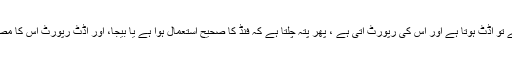
اگر کہیں کوئی لغزش ہوئی ہے تو آڈٹ ہوتا ہے اور اس کی رپورٹ آتی ہے ، پھر پتہ چلتا ہے کہ فنڈ کا صحیح استعمال ہوا ہے یا بیجا، اور آڈٹ رپورٹ اس کا مصدقہ دستایزی ثبوت ہوتی ہے ۔